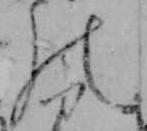
の